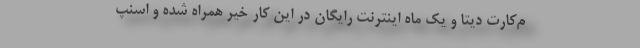
م‌کارت دیتا و یک ماه اینترنت رایگان در این کار خیر همراه شده و اسنپ